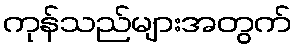
ကုန်သည်များအတွက်